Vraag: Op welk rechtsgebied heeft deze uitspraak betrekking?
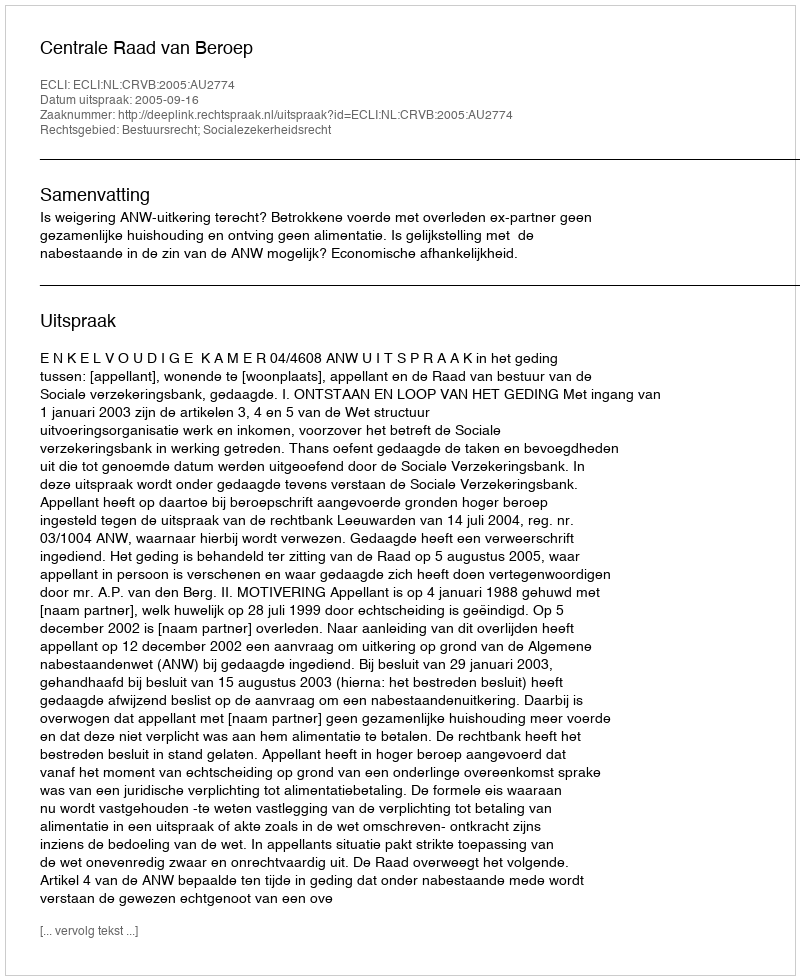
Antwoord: Bestuursrecht; Socialezekerheidsrecht